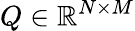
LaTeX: Q\in\mathbb{R}^{N\times M}